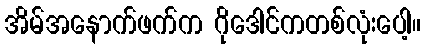
အိမ်အနောက်ဖက်က ဂိုဒေါင်ကတစ်လုံးပေါ့။